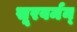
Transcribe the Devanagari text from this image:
सूरवर्मन्